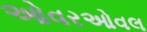
ઓવરઓવલ